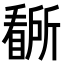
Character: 𭿡